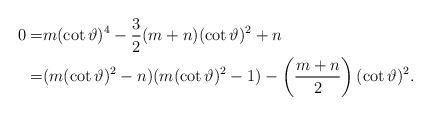
LaTeX: \begin{align*}0=&m(\cot \vartheta)^{4}-\frac{3}{2}(m+n)(\cot \vartheta)^{2}+n\\=&(m(\cot \vartheta)^{2}-n)(m(\cot \vartheta)^{2}-1)-\left( \frac{m+n}{2}\right)(\cot \vartheta)^{2} .\end{align*}